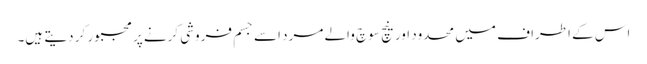
اس کے اطراف میں محدود اور نیچ سوچ والے مرد اسے جسم فروشی کرنے پر مجبور کر دیتے ہیں۔